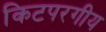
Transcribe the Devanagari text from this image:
किटपरगीय